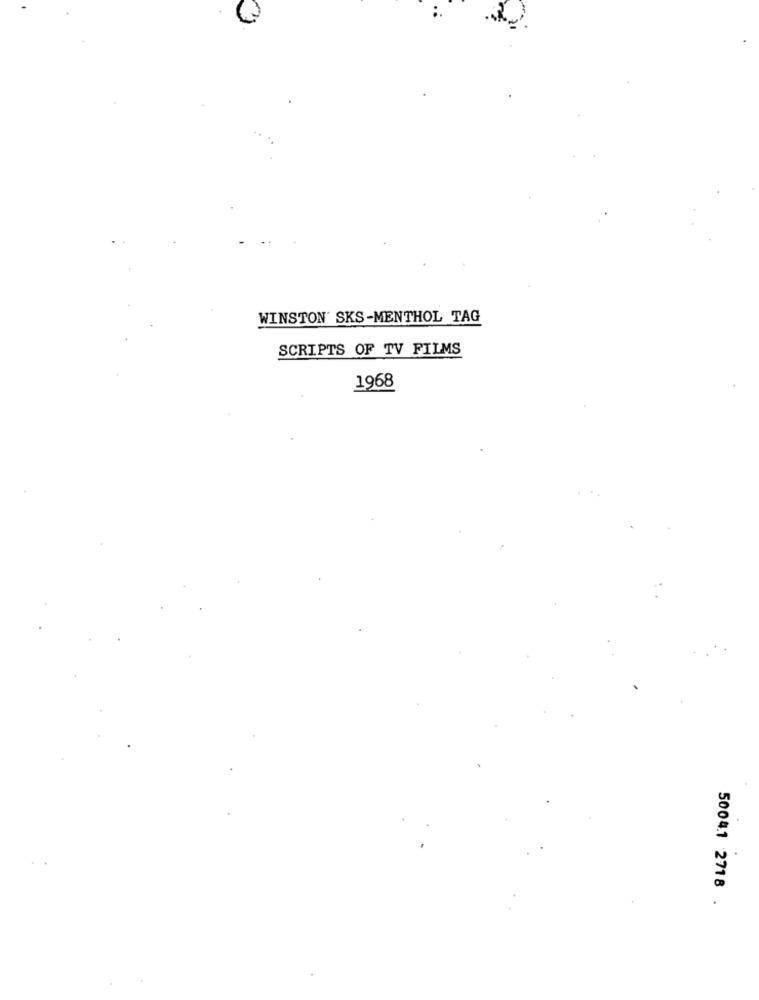
WINSTON SKS-MENTHOL TAG
SCRIPTS OF TV FILMS
1968
50041 2718 .